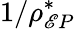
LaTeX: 1/\rho_{\mathscr{E}P}^{*}